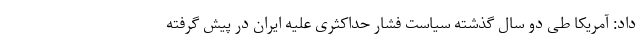
داد: آمریکا طی دو سال گذشته سیاست فشار حداکثری علیه ایران در پیش گرفته